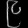
Digit: ၉